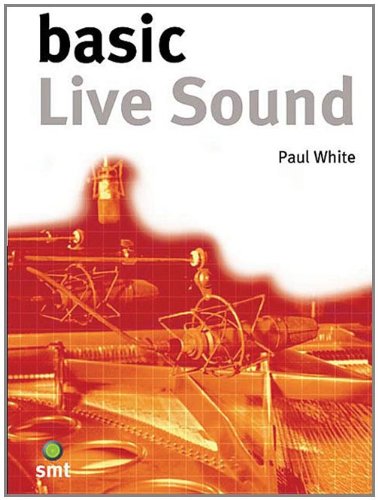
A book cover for Basic Live Sound (The Basic Series); Paul White; Arts & Photography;